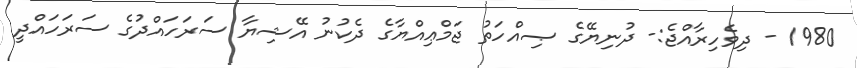
1980 - ދިވެހިރާއްޖެ:- ދުނިޔޭގެ ޞިއްހަތު ޖަމްޢިއްޔާގެ ދެކުނު އޭޝިޔާ ސަރަހައްދުގެ ސަރަހައްދީ